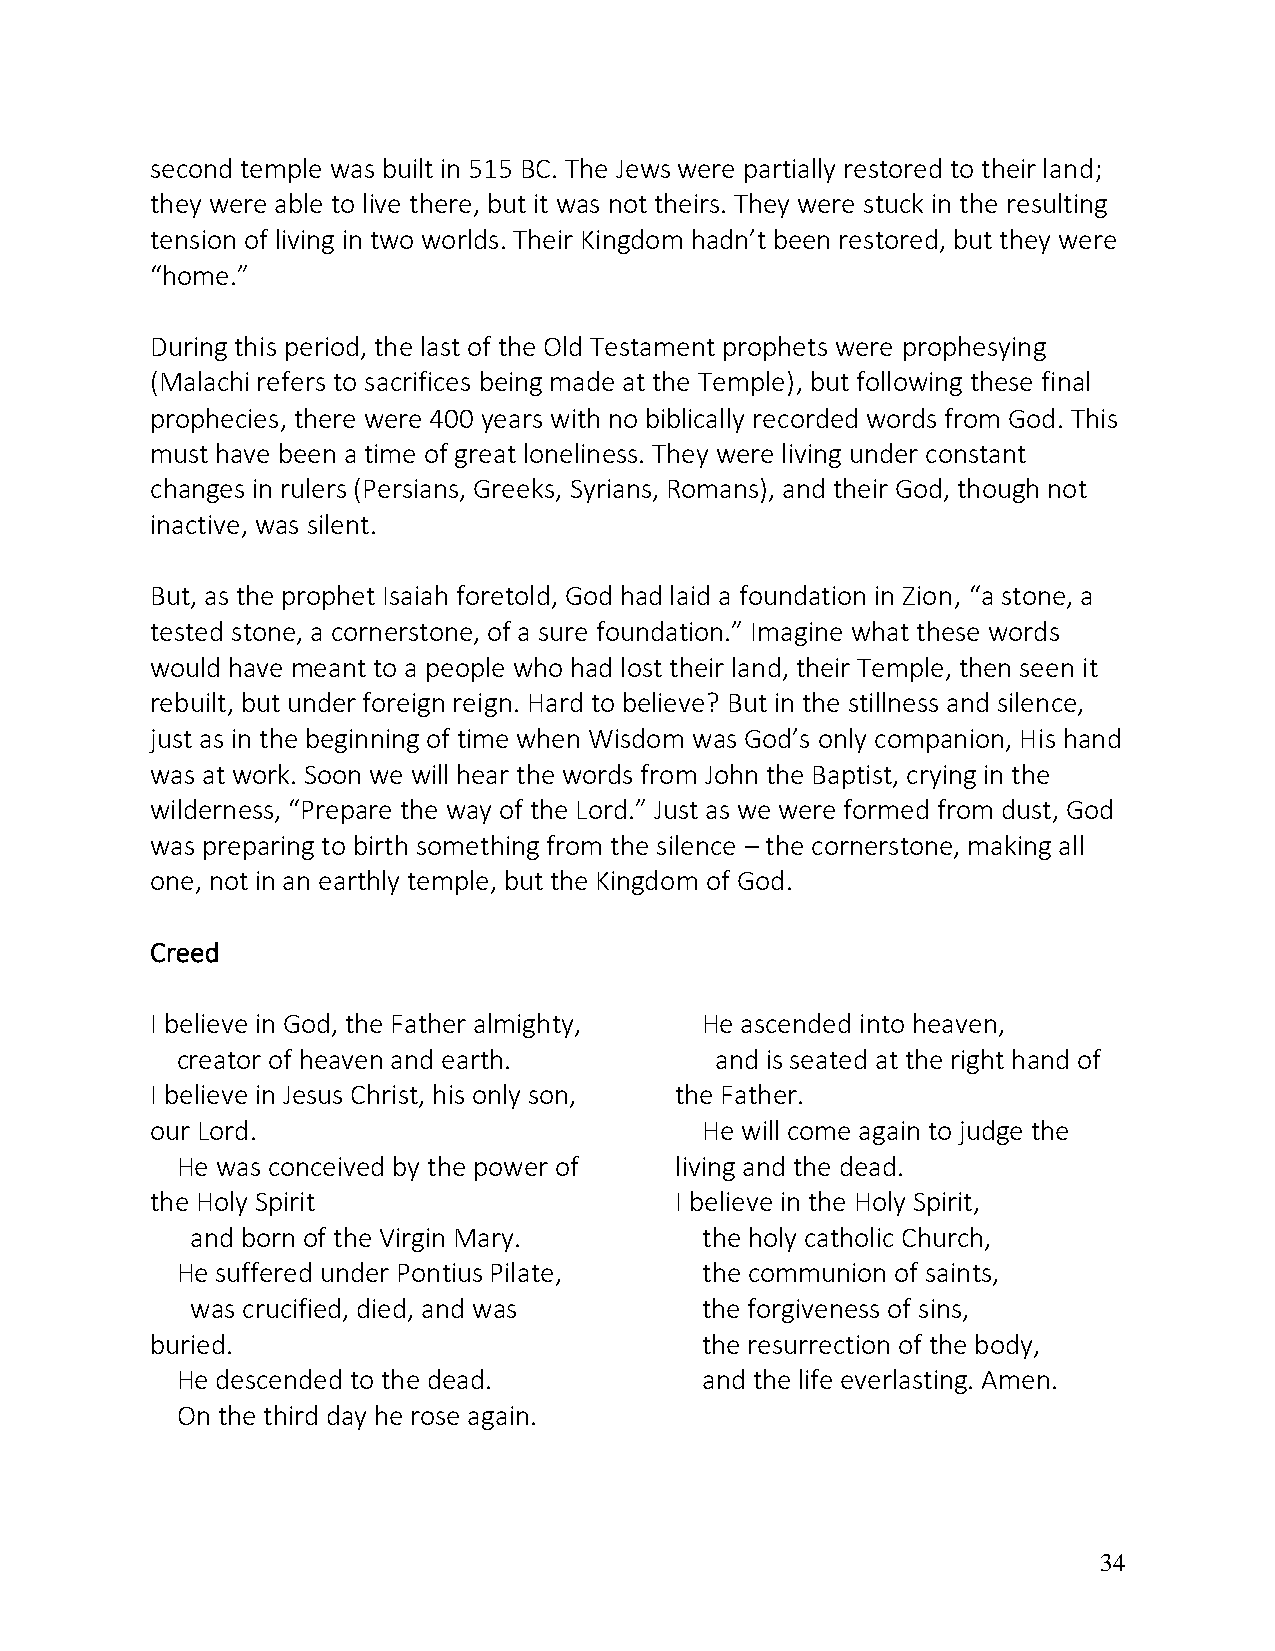
second temple was built in 515 BC. The Jews were partially restored to their land;
 they were able to live there, but it was not theirs. They were stuck in the resulting
 tension of living in two worlds. Their Kingdom hadn’t been restored, but they were
 “home.”
 During this period, the last of the Old Testament prophets were prophesying
 (Malachi refers to sacrifices being made at the Temple), but following these final
 prophecies, there were 400 years with no biblically recorded words from God. This
 must have been a time of great loneliness. They were living under constant
 changes in rulers (Persians, Greeks, Syrians, Romans), and their God, though not
 inactive, was silent.
 But, as the prophet Isaiah foretold, God had laid a foundation in Zion, “a stone, a
 tested stone, a cornerstone, of a sure foundation.” Imagine what these words
 would have meant to a people who had lost their land, their Temple, then seen it
 rebuilt, but under foreign reign. Hard to believe? But in the stillness and silence,
 just as in the beginning of time when Wisdom was God’s only companion, His hand
 was at work. Soon we will hear the words from John the Baptist, crying in the
 wilderness, “Prepare the way of the Lord.” Just as we were formed from dust, God
 was preparing to birth something from the silence – the cornerstone, making all
 one, not in an earthly temple, but the Kingdom of God.
 Creed
 I believe in God, the Father almighty, He ascended into heaven,
 creator of heaven and earth.       and is seated at the right hand of
 I believe in Jesus Christ, his only son, the Father.
 our Lord.                           He will come again to judge the
 He was conceived by the power of living and the dead.
 the Holy Spirit                    I believe in the Holy Spirit,
 and born of the Virgin Mary.      the holy catholic Church,
 He suffered under Pontius Pilate,  the communion of saints,
 was crucified, died, and was      the forgiveness of sins,
 buried.                              the resurrection of the body,
 He descended to the dead.          and the life everlasting. Amen.
 On the third day he rose again.
 34